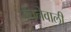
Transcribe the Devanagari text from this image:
जँचनेवाली